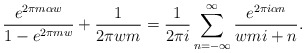
\begin{align*} \displaystyle\frac{e^{2\pi m \alpha w}}{ 1-e^{2\pi m w}} +\frac{1}{ 2 \pi w m}= \frac{1}{2 \pi i}\sum_{n=-\infty }^{\infty } \frac{e^{2\pi i \alpha n}}{wmi +n}. \\ \end{align*}